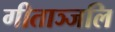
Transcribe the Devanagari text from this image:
गीताञ्जलि